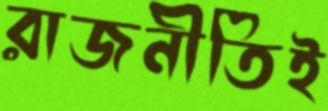
রাজনীতিই